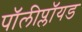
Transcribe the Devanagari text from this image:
पॉलीप्लॉयड